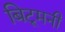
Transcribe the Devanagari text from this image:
बिटूमनी